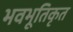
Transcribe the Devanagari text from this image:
भवभूतिकृत